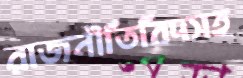
রাজনীতিবিদসহ